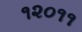
૧૨૦૧૧